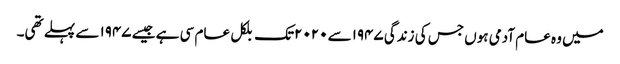
میں وہ عام آدمی ہوں جس کی زندگی ۱۹۴۷سے ۲۰۲۰تک بلکل عام سی ہے جیسے ۱۹۴۷ سے پہلے تھی۔